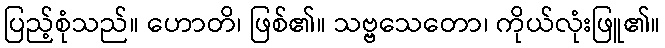
ပြည့်စုံသည်။ ဟောတိ၊ ဖြစ်၏။ သဗ္ဗသေတော၊ ကိုယ်လုံးဖြူ၏။